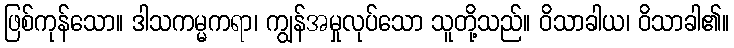
ဖြစ်ကုန်သော။ ဒါသကမ္မကရာ၊ ကျွန်အမှုလုပ်သော သူတို့သည်။ ဝိသာခါယ၊ ဝိသာခါ၏။